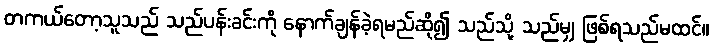
တကယ်တော့သူသည် သည်ပန်းခင်းကို နောက်ချန်ခဲ့ရမည်ဆို၍ သည်သို့ သည်မျှ ဖြစ်ရသည်မထင်။